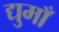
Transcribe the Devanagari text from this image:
द्युमाँ